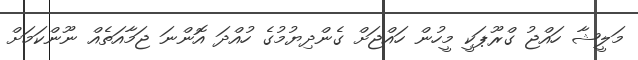
މަލީޝާ ހައްޖު ގްރޫޕަކީ މީހުން ހައްޖަށް ގެންދިޔުމުގެ ހުއްދަ އޮންނަ ޖަމާއަތެއް ނޫންކަމަށް